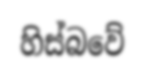
හිස්බවේ